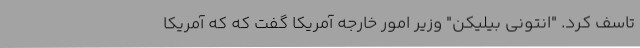
تاسف کرد. "انتونی بیلیکن" وزیر امور خارجه آمریکا گفت که که آمریکا